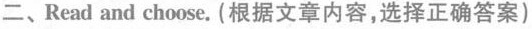
二、Read and choose. (根据文章内容,选择正确答案)